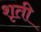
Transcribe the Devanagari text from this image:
शृती